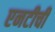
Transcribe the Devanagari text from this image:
एनटीची